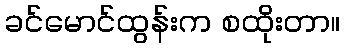
ခင်မောင်ထွန်းက စထိုးတာ။